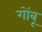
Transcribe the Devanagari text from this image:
गोंबू